King Institute of Preventive Medicine Micro-Biological Section reports 1909-11
Year: 1909
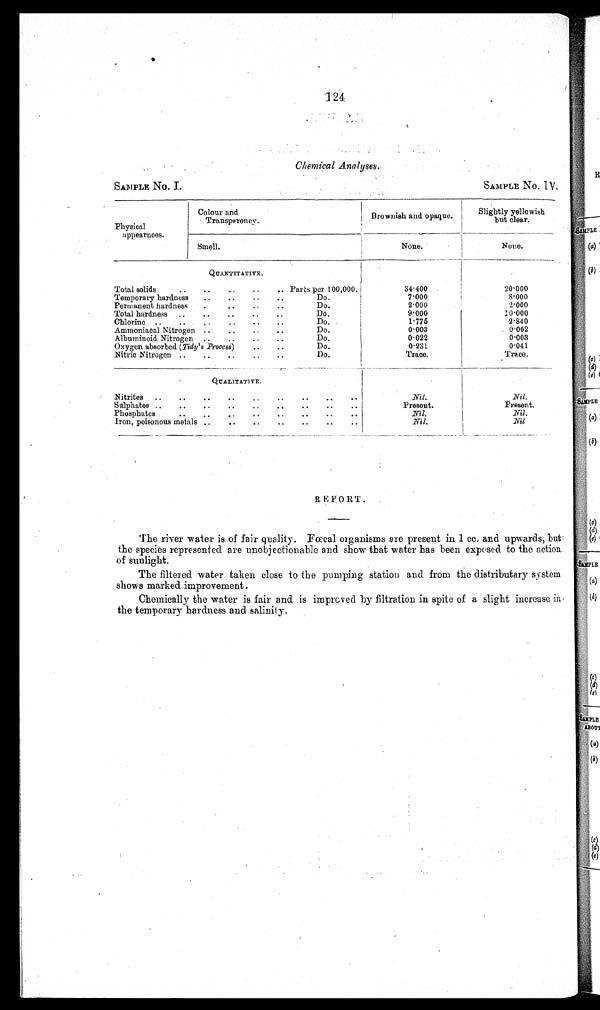
SAMPLE No. I.
SAMPLE No. IV,
124
Chemical Analyses.
Physical
appearnces.
Colour and.
Transparency.
Brownish and opaque.
Slightly yellowish
bu t clear.
Smell.
None.
None.
UANTITATIVE.
Total solids
.. ...
..
Parts per 100,000.
34.400
20.000
Temporary hardness
..
..
..
.Do.
7.000
8.000
Permanent hardness
.
..
Do..
2.000
2.000
Total hardness ..
. . ..
Do.
9.000
10.000
Chlorine ..
.. .
..
..
..
Do.
1.775
2-840
Ammoniacal Nitrogen .
• •
..
• .
Do.
0.003
0.002
Albuminoid Nitrogen
..
..
..
..
Do.
0.022
0.003
Oxygen absorbed ( Tidy' s Process) ..
Do.
0.231
0.041
Do.
Trace.
Trace.
Nitric Nitrogen ..
..
• •
..
QUALITATVE.
Nitrites ..
..
..
.....
..
...
Nil.
Nil.
Sulphates ..
....
..
..
..
Present.
Present.
Phosphates
..
..
• .
..
..
..
..
.
Nil,
Nil.
Iron, poisonous metals ... ..
...
..
Nil.
Nil
REPORT.
The river water is of fair quality. Fœcal organisms are present in 1 cc. and upwards, but
the species represented are unobjectionable and show that water has been exposed to the action
of sunlight.
The filtered water taken close to the pumping station and from the distributary system
shows marked improvement.
Chemically the water is fair and is improved by filtration in spite of a slight increase in
the temporary hardness and salinity.